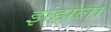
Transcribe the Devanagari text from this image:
झंझला